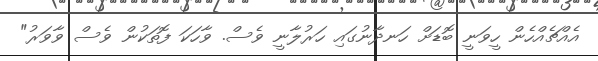
އެއްޗެއްހެން ހީވަނީ ބޮޑަށް ހަނދާނުގައި ހަރުލާނީ ވެސް. ވާހަކަ ފޮތަކުން ވެސް ވާވަރު"